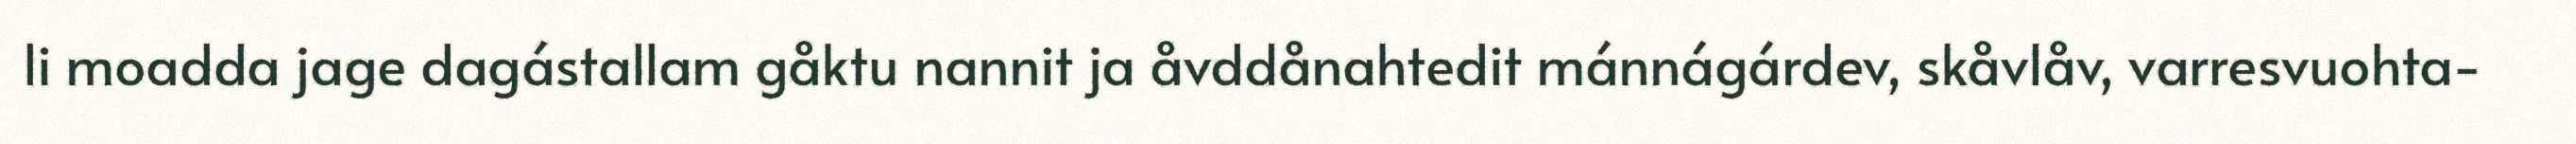
li moadda jage dagástallam gåktu nannit ja åvddånahtedit mánnágárdev, skåvlåv, varresvuohta-